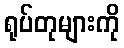
ရုပ်တုများကို